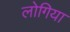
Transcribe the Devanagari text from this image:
लोगिया